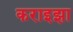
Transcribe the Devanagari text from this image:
कराइझा